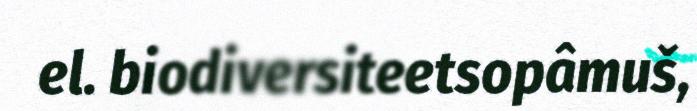
el. biodiversiteetsopâmuš,